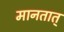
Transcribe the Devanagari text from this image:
मानतात्